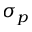
\sigma _ { p }